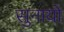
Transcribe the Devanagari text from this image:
सुनायो